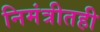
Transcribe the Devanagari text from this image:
निमंत्रीतही